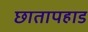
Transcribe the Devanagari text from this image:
छातापहाड